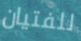
للفتيان